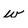
Character: w